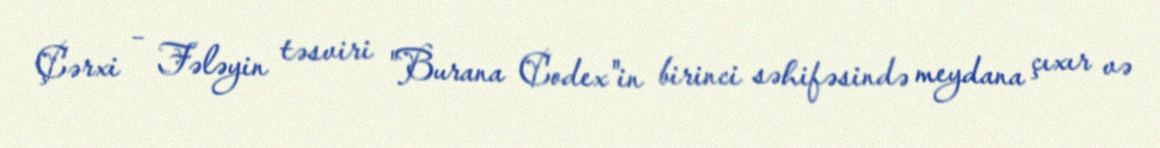
Çərxi – Fələyin təsviri "Burana Codex"in birinci səhifəsində meydana çıxır və